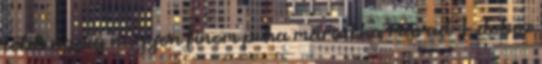
több napig nagyon finom puha marad.ha marad 1 doboz